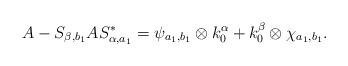
LaTeX: \begin{align*}A-S_{\beta,b_1}A S_{\alpha,a_1}^{*}=\psi_{a_1,b_1}\otimes k_{0}^{\alpha}+k_{0}^{\beta}\otimes\chi_{a_1,b_1}.\end{align*}